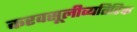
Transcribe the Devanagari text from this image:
करवसूलीव्यतिरिक्त